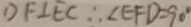
D F \bot E C \therefore \angle E F D = 9 0 ^ { \circ }